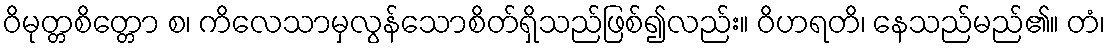
ဝိမုတ္တစိတ္တော စ၊ ကိလေသာမှလွန်သောစိတ်ရှိသည်ဖြစ်၍လည်း။ ဝိဟရတိ၊ နေသည်မည်၏။ တံ၊